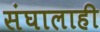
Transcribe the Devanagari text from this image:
संघालाही